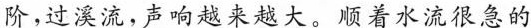
阶，过溪流，声响越来越大。顺着水流很急的